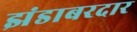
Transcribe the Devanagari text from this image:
झंडाबरदार